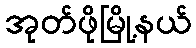
အုတ်ဖိုမြို့နယ်